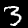
Digit: 3